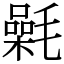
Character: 氉